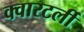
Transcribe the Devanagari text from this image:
क्वारटर्ली